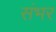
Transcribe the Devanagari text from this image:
संभर